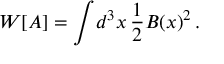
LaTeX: W [ A ] = \int \! d ^ { 3 } x \, \frac { 1 } { 2 } B ( x ) ^ { 2 } \, .